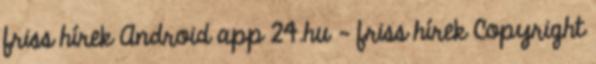
friss hírek Android app 24.hu - friss hírek Copyright